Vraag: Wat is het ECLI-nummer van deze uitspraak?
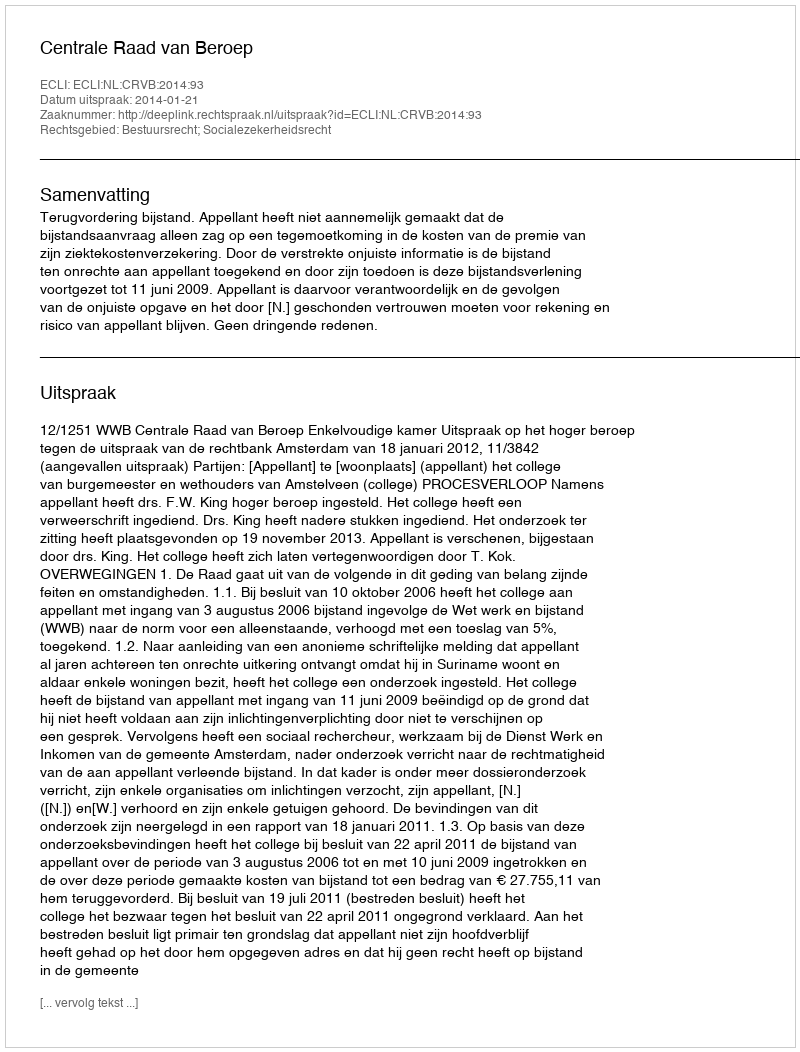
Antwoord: ECLI:NL:CRVB:2014:93